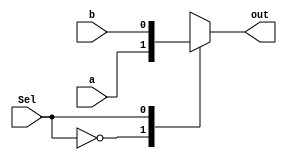
module Mux(a,b,Sel,out);

input a,b,Sel;
output reg out;



always @ (Sel or a or b)
begin
  case (Sel)
  1'b0: begin
    out <= a;
  end
  1'b1: begin
    out <=b;
  end
  default: begin
    out <= a;
  end
  endcase
end

endmodule